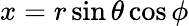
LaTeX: x=r\sin\theta\cos\phi